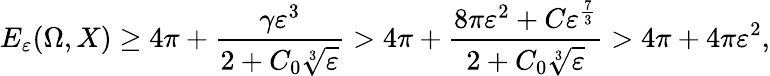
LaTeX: E_{\varepsilon}(\Omega,X)\geq 4\pi+\frac{\gamma\varepsilon^{3}}{2+C_{0}\sqrt[3]{\varepsilon}}>4\pi+\frac{8\pi\varepsilon^{2}+C\varepsilon^{\frac{7}{3}}}{2+C_{0}\sqrt[3]{\varepsilon}}>4\pi+4\pi\varepsilon^{2},